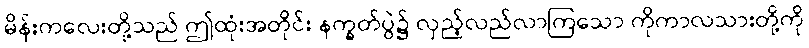
မိန်းကလေးတို့သည် ဤထုံးအတိုင်း နက္ခတ်ပွဲ၌ လှည့်လည်လာကြသော ကိုကာလသားတို့ကို